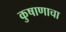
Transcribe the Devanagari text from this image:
कुषाणाचा